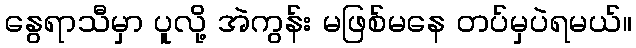
နွေရာသီမှာ ပူလို့ အဲကွန်း မဖြစ်မနေ တပ်မှပဲရမယ်။